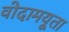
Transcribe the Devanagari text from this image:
वोदामयूता